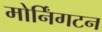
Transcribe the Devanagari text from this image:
मोर्निंगटन